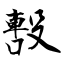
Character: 毄